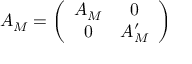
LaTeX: A _ { M } = \left( \begin{array} { c c } { { A _ { M } } } & { { 0 } } \\ { { 0 } } & { { A _ { M } ^ { \prime } } } \end{array} \right)